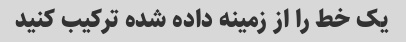
یک خط را از زمینه داده شده ترکیب کنید